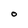
Character: O